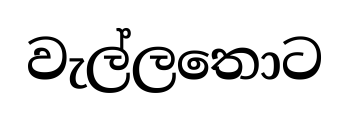
වැල්ලතොට